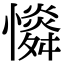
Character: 𢣶